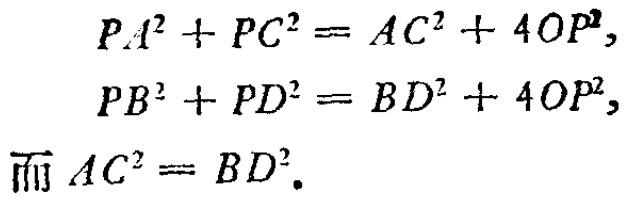
\[

\begin{align*}

PA^{2}+PC^{2}&=AC^{2}+4OP^{2},\\

PB^{2}+PD^{2}&=BD^{2}+4OP^{2},\\

\text{而 }AC^{2}&=BD^{2}.

\end{align*}

\]